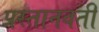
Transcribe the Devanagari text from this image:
प्रस्तानवती